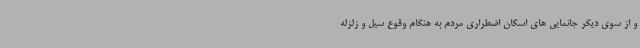
و از سوی دیگر جانمایی های اسکان اضطراری مردم به هنگام وقوع سیل و زلزله